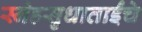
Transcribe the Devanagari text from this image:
स्नेहसुधाताईंचे